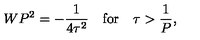
W P ^ { 2 } = - { \frac { 1 } { 4 \tau ^ { 2 } } } \quad \mathrm { f o r } \quad \tau > { \frac { 1 } { P } } , \nonumber